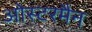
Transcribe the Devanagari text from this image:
ओस्टरमैन